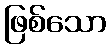
ဖြစ်သော